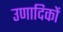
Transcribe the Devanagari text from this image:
उणादिकों